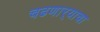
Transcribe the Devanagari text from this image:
चढणार्‍याचा